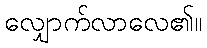
လျှောက်လာလေ၏။